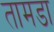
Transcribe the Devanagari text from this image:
तामडा